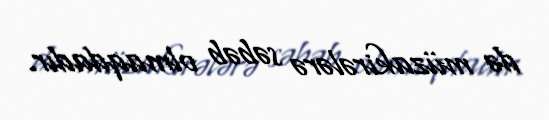
də müzakirələrə səbəb olmaqdadır.